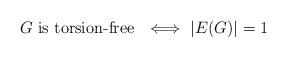
LaTeX: \begin{align*} G \mbox{ is torsion-free } \ \Longleftrightarrow\ |E(G)| = 1\end{align*}